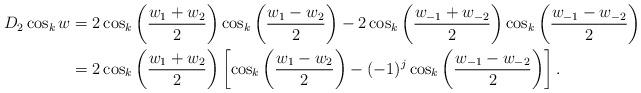
LaTeX: \begin{align*}D_2 \cos_k w &= 2 \cos_k \left( \frac{w_1+w_2}2 \right) \cos_k \left( \frac{w_1-w_2}2 \right) - 2 \cos_k\left( \frac{w_{-1}+w_{-2}}2 \right)\cos_k\left( \frac{w_{-1}-w_{-2}}2 \right) \\&= 2 \cos_k \left( \frac{w_1+w_2}2 \right) \left[ \cos_k\left( \frac{w_1-w_2}2 \right) - (-1)^j \cos_k\left( \frac{w_{-1}-w_{-2}}2 \right) \right] .\end{align*}